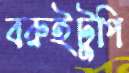
বরুইটুপি